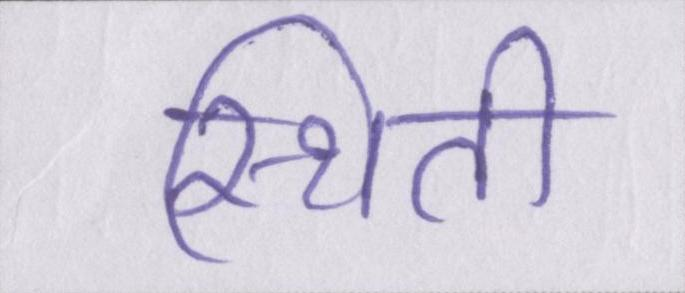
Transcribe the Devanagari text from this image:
स्थिती